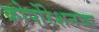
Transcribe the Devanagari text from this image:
कोर्पोरेशनचा